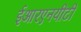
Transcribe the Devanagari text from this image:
ईआरएनयीटी